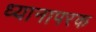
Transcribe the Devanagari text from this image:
ध्यानापरक